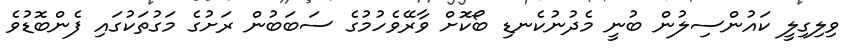
ވިލިގިލީ ކައުންސިލުން ބުނީ މެދުނުކެނޑި ބޯކޮަށް ވާރޭވެހުމުގެ ސަބަބުން ރަށުގެ މަގުތަކުގައި ފެންބޮޑުވެ